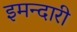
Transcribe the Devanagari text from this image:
इमन्दारी